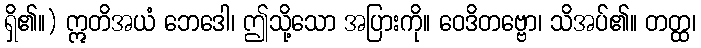
ရှိ၏။) ဣတိအယံ ဘေဒေါ၊ ဤသို့သော အပြားကို။ ဝေဒိတဗ္ဗော၊ သိအပ်၏။ တတ္ထ၊